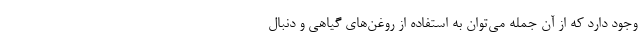
وجود دارد که از آن جمله می‌توان به استفاده از روغن‌های گیاهی و دنبال